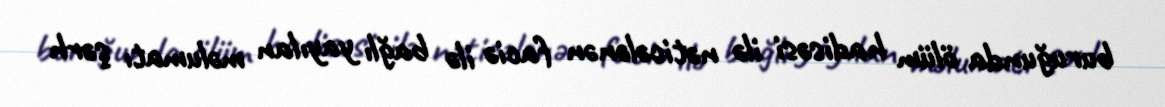
buruğunda ölüm hadisəsi ilə nəticələnən faciə ilə bağlı yayılan məlumatı şərh